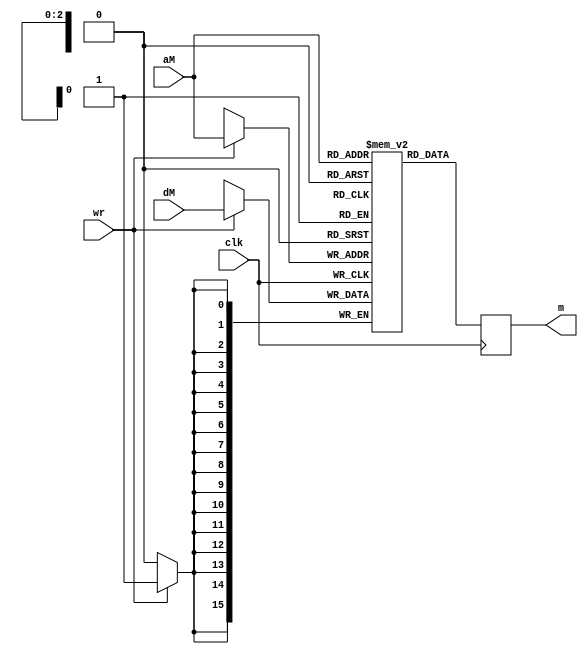
`timescale 1ns / 1ps
//////////////////////////////////////////////////////////////////////////////////
// Company: 
// Engineer: 
// 
// Design Name: 
// Module Name:    mem_unit 
// Project Name: 
// Target Devices: 
// Tool versions: 
// Description: 
//
// Dependencies: 
//
// Revision: 
// Revision 0.01 - File Created
// Additional Comments: 
//
//////////////////////////////////////////////////////////////////////////////////
module data_mem(
input [15:0]dM,
input [2:0]aM,
input clk,wr,
output reg [15:0]m
    );
reg [15:0]mem[7:0];	 
integer i;
	 initial 
	  for(i=0;i<8;i=i+1)
	  begin
	  mem[i]=0;
	  end
//Store
always@(posedge clk)
begin
 if(wr==1)
  mem[aM]=dM;
end	 

//Load
always@(negedge clk)
begin 
m=mem[aM];
end
endmodule